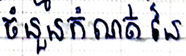
ចំនួនកំណត់នៃ